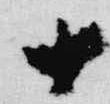
十